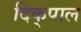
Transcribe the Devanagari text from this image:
दिक्‌पाल